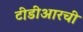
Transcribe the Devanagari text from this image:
टीडीआरची